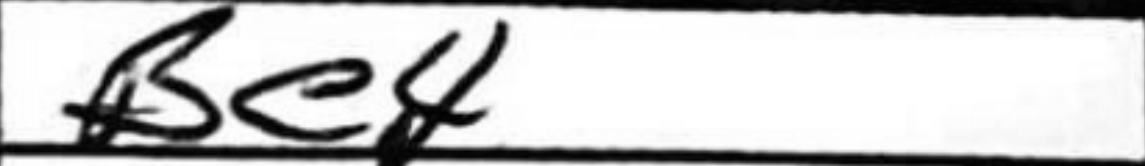
Transcription: Be4